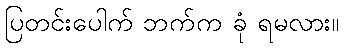
ပြတင်းပေါက် ဘက်က ခုံ ရမလား။